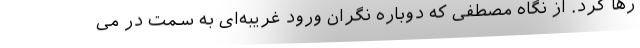
رها کرد. از نگاه مصطفی که دوباره نگران ورود غریبه‌ای به سمت در می